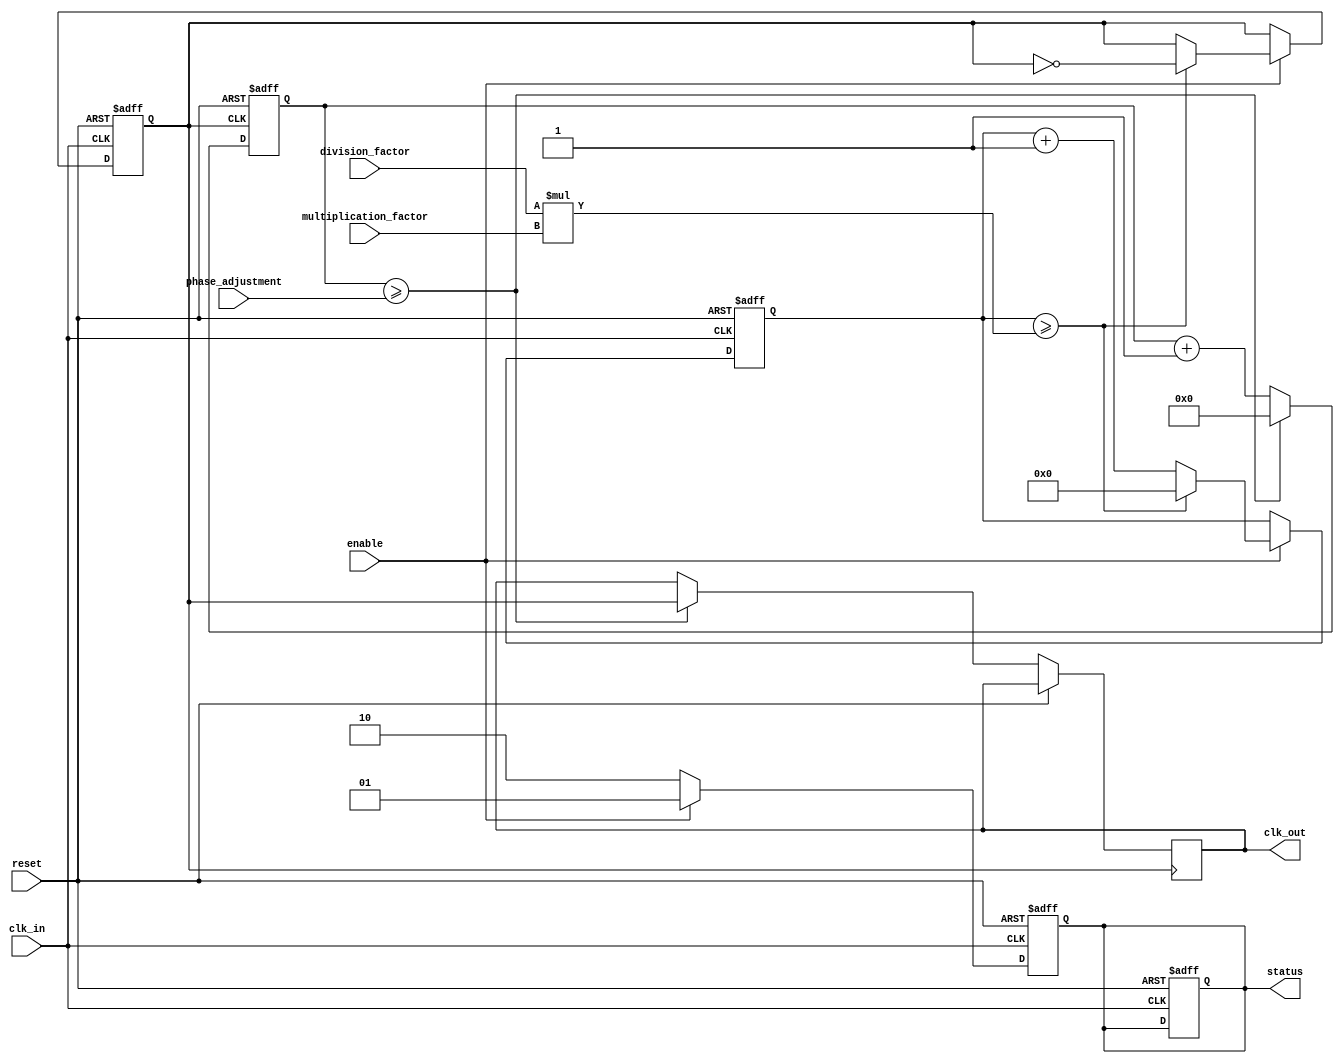
module ProgrammableClockBuffer (
    input wire clk_in,                     // Input clock signal
    input wire [3:0] division_factor,     // Programmable division factor
    input wire [3:0] multiplication_factor, // Programmable multiplication factor
    input wire [3:0] phase_adjustment,     // Programmable phase adjustment
    input wire enable,                     // Enable signal
    input wire reset,                      // Reset signal
    output reg clk_out,                   // Output clock signal
    output reg [1:0] status               // Status indicator
);
    
    // Internal variables
    reg [31:0] clk_divider;                // Divider counter
    reg [31:0] clk_multiplier;             // Multiplier counter
    reg clk_out_temp;                      // Temporary output clock signal
    reg [3:0] phase_counter;               // Phase adjustment counter
    
    initial begin
        clk_out = 0;
        clk_divider = 0;
        clk_multiplier = 0;
        phase_counter = 0;
        status = 2'b00;                    // Default status
    end

    // Clock divider logic
    always @(posedge clk_in or posedge reset) begin
        if (reset) begin
            clk_divider <= 0;
            clk_out_temp <= 0;
            status <= 2'b00;               // Reset status
        end else if (enable) begin
            // Increment divider counter
            clk_divider <= clk_divider + 1;
            if (clk_divider >= (division_factor * multiplication_factor)) begin
                clk_out_temp <= ~clk_out_temp; // Toggle output clock
                clk_divider <= 0;               // Reset divider
            end
        end
    end

    // Phase adjustment logic
    always @(posedge clk_out_temp or posedge reset) begin
        if (reset) begin
            phase_counter <= 0;
        end else begin
            phase_counter <= phase_counter + 1;
            if (phase_counter >= phase_adjustment) begin
                clk_out <= clk_out_temp;         // Assign adjusted clock
                phase_counter <= 0;               // Reset phase counter
            end
        end
    end

    // Status monitoring
    always @(posedge clk_in or posedge reset) begin
        if (reset) begin
            status <= 2'b00;                   // Reset status
        end else if (enable) begin
            status <= 2'b01;                   // Clock buffer enabled
        end else begin
            status <= 2'b10;                   // Clock buffer disabled
        end
    end

endmodule